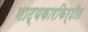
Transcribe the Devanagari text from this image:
नाट्यकारकिर्दीत